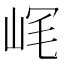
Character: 𡶮